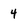
Character: 4